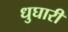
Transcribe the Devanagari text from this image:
धुघारी